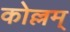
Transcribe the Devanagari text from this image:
कोल्लम्